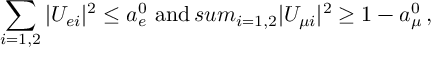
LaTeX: \sum _ { i = 1 , 2 } | U _ { e i } | ^ { 2 } \leq a _ { e } ^ { 0 } \ \mathrm { a n d } \, s u m _ { i = 1 , 2 } | U _ { { \mu } i } | ^ { 2 } \geq 1 - a _ { \mu } ^ { 0 } \, ,